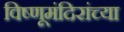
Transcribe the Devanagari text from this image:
विष्णूमंदिरांच्या